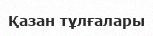
Қазан тұлғалары